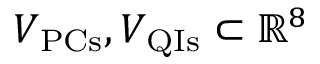
V _ { \mathrm { P C s } } , V _ { \mathrm { Q I s } } \subset \mathbb { R } ^ { 8 }